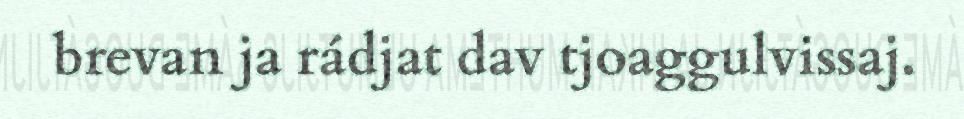
brevan ja rádjat dav tjoaggulvissaj.